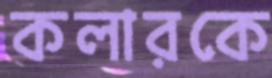
কলারকে